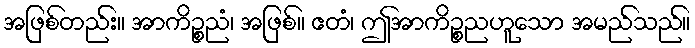
အဖြစ်တည်း။ အာကိဉ္စညံ၊ အဖြစ်။ ဧတံ၊ ဤအာကိဉ္စညဟူသော အမည်သည်။